Leaving Certificate Examination, 1912
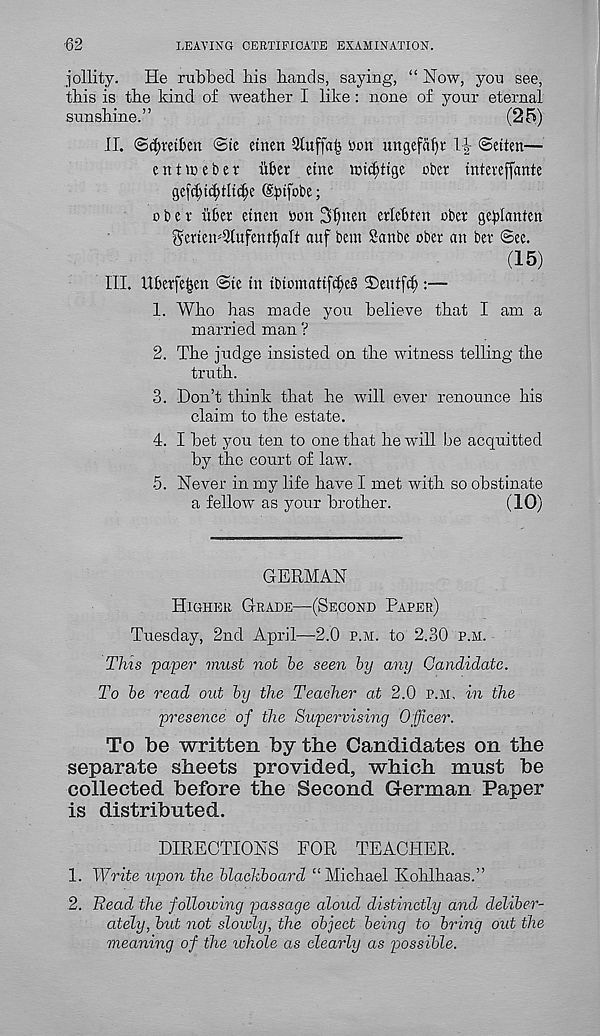
■ 62
LEAVING CERTIFICATE EXAMINATION.
jollity.
He rubbed bis hands, saying, “ How, you see,
this is the kind of weather I like : none of your eternal
sunshine.”
(25)
II.
@te etnen 91uffa£ bon ungefaf»r 1|- ©etten—
entice bet iiber etnc ici^ttgc obet inteveffante
gefd)tcfytli<!e ©iJtfobe;
obet iibet etnen bon Sfynen etleftten obet ge)ilanten
gctten''3tufent^alt auf bent Sanbe obet an bet See.
(15)
III. Ubetfegen @te in tbiomattfc^eS 2)entfc^ :—
1. Who has made you believe that I am a
married man ?
2. The judge insisted on the witness telling the
truth.
3. Don’t think that he will ever renounce his
claim to the estate.
4. I bet you ten to one that he will be acquitted
by the court of law.
5. Never in my life have I met with so obstinate
a fellow as your brother.
(10)
GERMAN
Higher Grade—(Second Paper)
Tuesday, 2nd April—2.0 p.m. to 2.30 p.h.
This paper must not be seen by any Candidate.
To be read out by the Teacher at 2.0 p.m. in the
presence of the Supervising Officer.
To be written by the Candidates on the
separate sheets provided, which must be
collected before the Second German Paper
is distributed.
DIRECTIONS FOR TEACHER.
1. Write upon the blackboard “ Michael Ivohlhaas.”
2. Bead the following passage aloud distinctly and deliber-
ately, but not slowly, the object being to bring out the
meaning of the whole as clearly as possible.